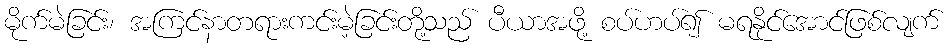
မိုက်မဲခြင်း၊ အကြင်နာတရားကင်းမဲ့ခြင်းတို့သည် ပီယာအဖို့ စပ်ဟပ်၍ မရနိုင်အောင်ဖြစ်လျက်